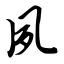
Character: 夙